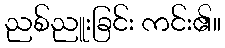
ညစ်ညူးခြင်း ကင်း၏။